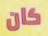
كان